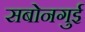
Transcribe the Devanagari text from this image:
सबोनगुई